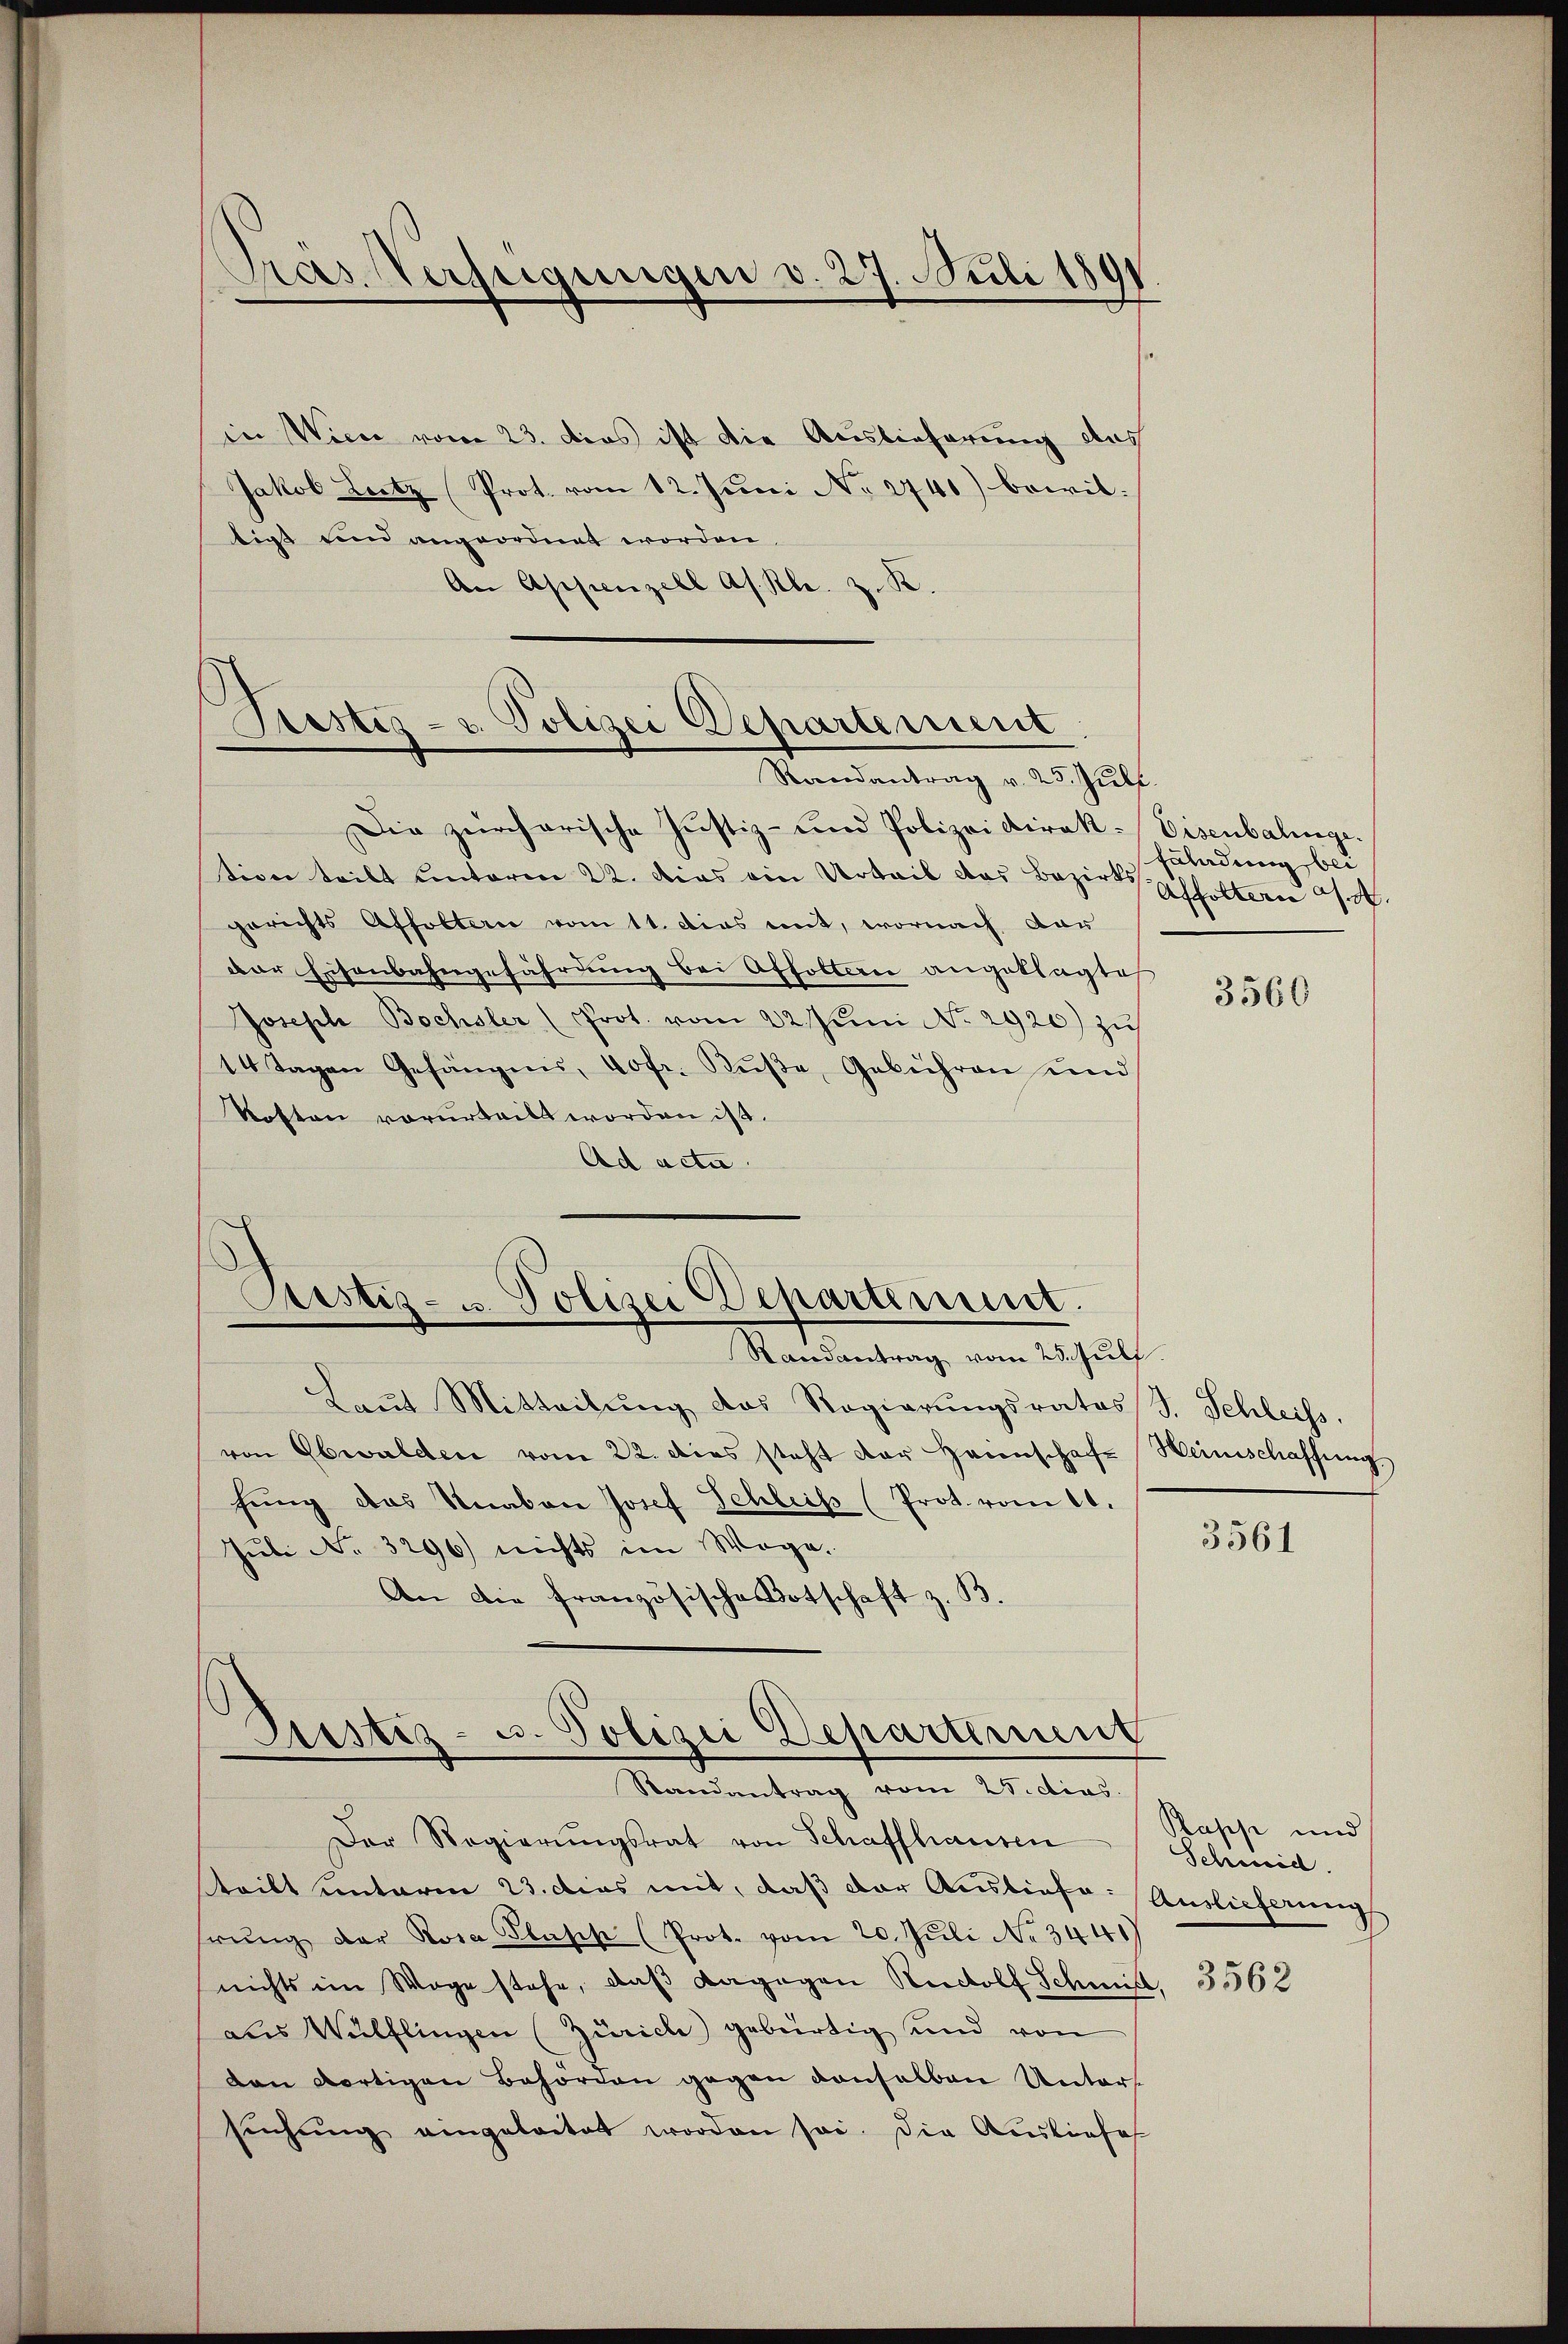
Pras Verfügungen v. 27. Juli 1891.

in Wien vom 23. dies ist die Auslieferung des
Jakob Leitz (Prot. vom 12. Juni No 2740) bewiltigt und angeordnet worden
An Appenzell As. Rl. z. B.

Fiestes- u. Polizei Departement
Randantrag v. 23. Juli.

Die zürcherische Justiz- und Polizeidirak-Eisenbalinge.
tion teilt unterm 22. Das ein Urteil das Bezirksholtern a/A.
gerichts Affoltern vom 11. Dies mit, wornach dar
der Eisenbahngefährung bei Affolten angeklagte
Joseph Bochsler (Prot. vom 22. Juni No 2920) zŭ
14 Tagen Gefängnis, 40fr. Rŭβe, Gebühren und
Roften vorurteilt worden ist.
Ad acta.

.
Ristis- u. Polizei Departiment.

Justiz- u. Polizei Departement
Randantrag vom 25. dies.

Randantrag vom 23. Juli.
Laŭt Mitteilŭng das Regierŭngsrates J. Schleiss.
von Obwalden vom 22. dies steht der Heinschaft Heimschaffung
hŭng das Knaben Josef Schleis (Prot. vom 11.
Juli No 3296) nichts im Wege.
An die französische Botschaft z. B.
Der Regierŭngsrat von Schaffhausen
tritt unterm 23. dies mit, daß der Ausliefe: Auslieferungs
rŭng der Rosa Glash (Prot. vom 20. Juli No 344
nichts im Wege stehe, daβ dagegen Rudolf Schmitt, 3562
aus Wülflingen (Zürich) gebürtig und von
dan dortigen Behörden gegen denselben Unters
sŭchŭng eingeleitet worden sei. Die Ausliefes

Fäladung bei

3560

3561

Papp und
Schmid.